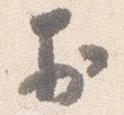
於